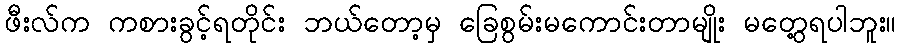
ဖီးလ်က ကစားခွင့်ရတိုင်း ဘယ်တော့မှ ခြေစွမ်းမကောင်းတာမျိုး မတွေ့ရပါဘူး။